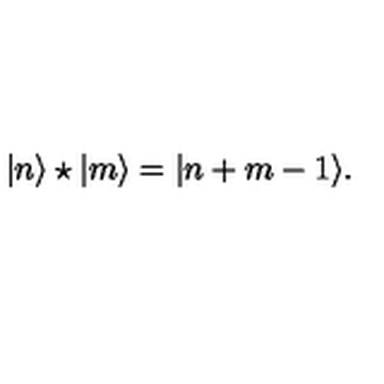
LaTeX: | n \rangle \star | m \rangle = | n + m - 1 \rangle .